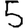
Digit: 5